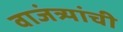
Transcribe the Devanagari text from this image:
वाजंत्र्यांची